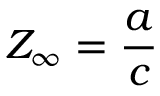
Z _ { \infty } = { \frac { a } { c } }